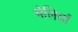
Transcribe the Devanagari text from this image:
भेलियाँ